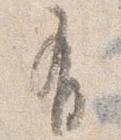
有